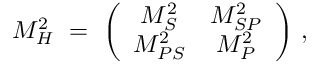
{ \cal M } _ { H } ^ { 2 } \ = \ \left( \begin{array} { c c } { { M _ { S } ^ { 2 } } } & { { M _ { S P } ^ { 2 } } } \\ { { M _ { P S } ^ { 2 } } } & { { M _ { P } ^ { 2 } } } \end{array} \right) \, ,